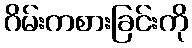
ဂိမ်းကစားခြင်းကို